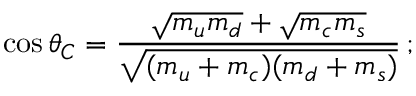
\cos \theta _ { C } = \frac { \sqrt { m _ { u } m _ { d } } + \sqrt { m _ { c } m _ { s } } } { \sqrt { ( m _ { u } + m _ { c } ) ( m _ { d } + m _ { s } ) } } \, ;